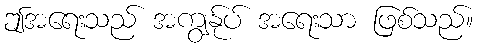
ဤအရေးသည် အကျွန်ုပ် အရေးသာ ဖြစ်သည်။